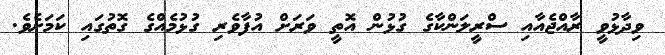
ވިދާޅުވީ ރާއްޖެއާއި ސްރީލަންކާގެ ގުޅުން އޮތީ ވަރަށް އުފާވެރި ގުޅުމެއްގެ ގޮތުގައި ކަމަށެވެ.